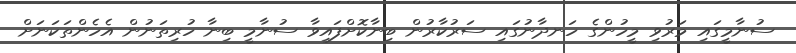
ސުނާމީގައި މަރުވި މީހުންގެ ހަނދާނުގައި ސަރުކާރުން ބިނާކޮށްފައިވާ ސުނާމީ ބިނާ ހުރިތަނުން އެހެންތަކަނަށް